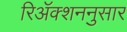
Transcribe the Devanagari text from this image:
रिॲक्शननुसार